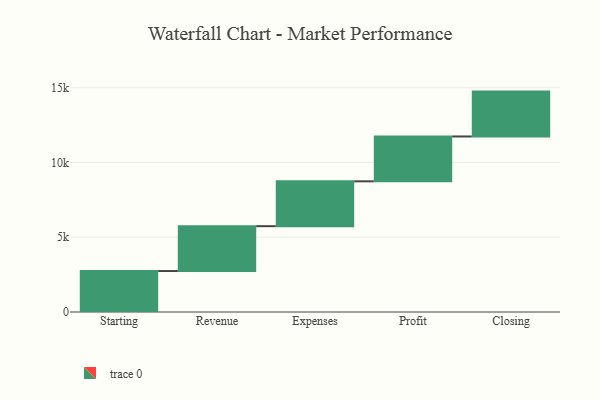
{"axis": {"x": "Step", "y": "Value"}, "legend": [""], "data": [{"x": "Starting", "y": 2740.0, "type": ""}, {"x": "Revenue", "y": 3000, "type": ""}, {"x": "Expenses", "y": 3000, "type": ""}, {"x": "Profit", "y": 3000, "type": ""}, {"x": "Closing", "y": 3000, "type": ""}]}